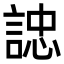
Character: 䛱